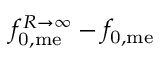
f _ { \mathrm { 0 , m e } } ^ { R \rightarrow \infty } - f _ { \mathrm { 0 , m e } }